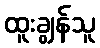
ထူးချွန်သူ